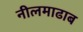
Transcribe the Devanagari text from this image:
नीलमाढाब